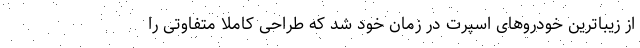
از زیباترین خودروهای اسپرت در زمان خود شد که طراحی کاملا متفاوتی را